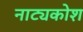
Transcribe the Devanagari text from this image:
नाट्यकोश